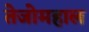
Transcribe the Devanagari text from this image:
तेजोमहाल